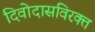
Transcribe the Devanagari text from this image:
दिवोदासविरक्त